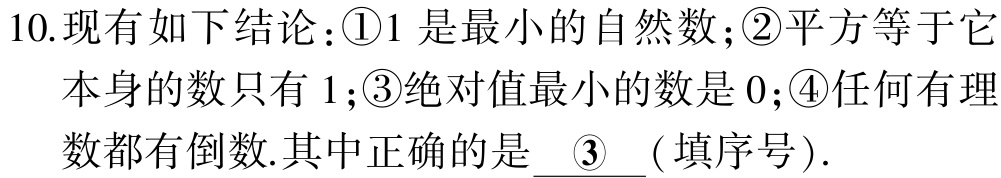
10.现有如下结论：\textcircled{1}1是最小的自然数；\textcircled{2}平方等于它本身的数只有1；\textcircled{3}绝对值最小的数是0；\textcircled{4}任何有理数都有倒数.其中正确的是  \underline{\textcircled{3}} ( 填序号).